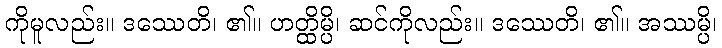
ကိုမူလည်း။ ဒဿေတိ၊ ၏။ ဟတ္ထိမ္ပိ၊ ဆင်ကိုလည်း။ ဒဿေတိ၊ ၏။ အဿမ္ပိ၊